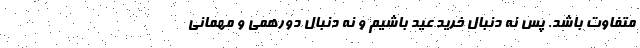
متفاوت باشد. پس نه دنبال خرید عید باشیم و نه دنبال دورهمی و مهمانی